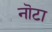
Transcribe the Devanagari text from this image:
नॊटा